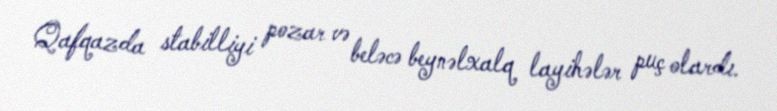
Qafqazda stabilliyi pozar və beləcə beynəlxalq layihələr puç olardı.